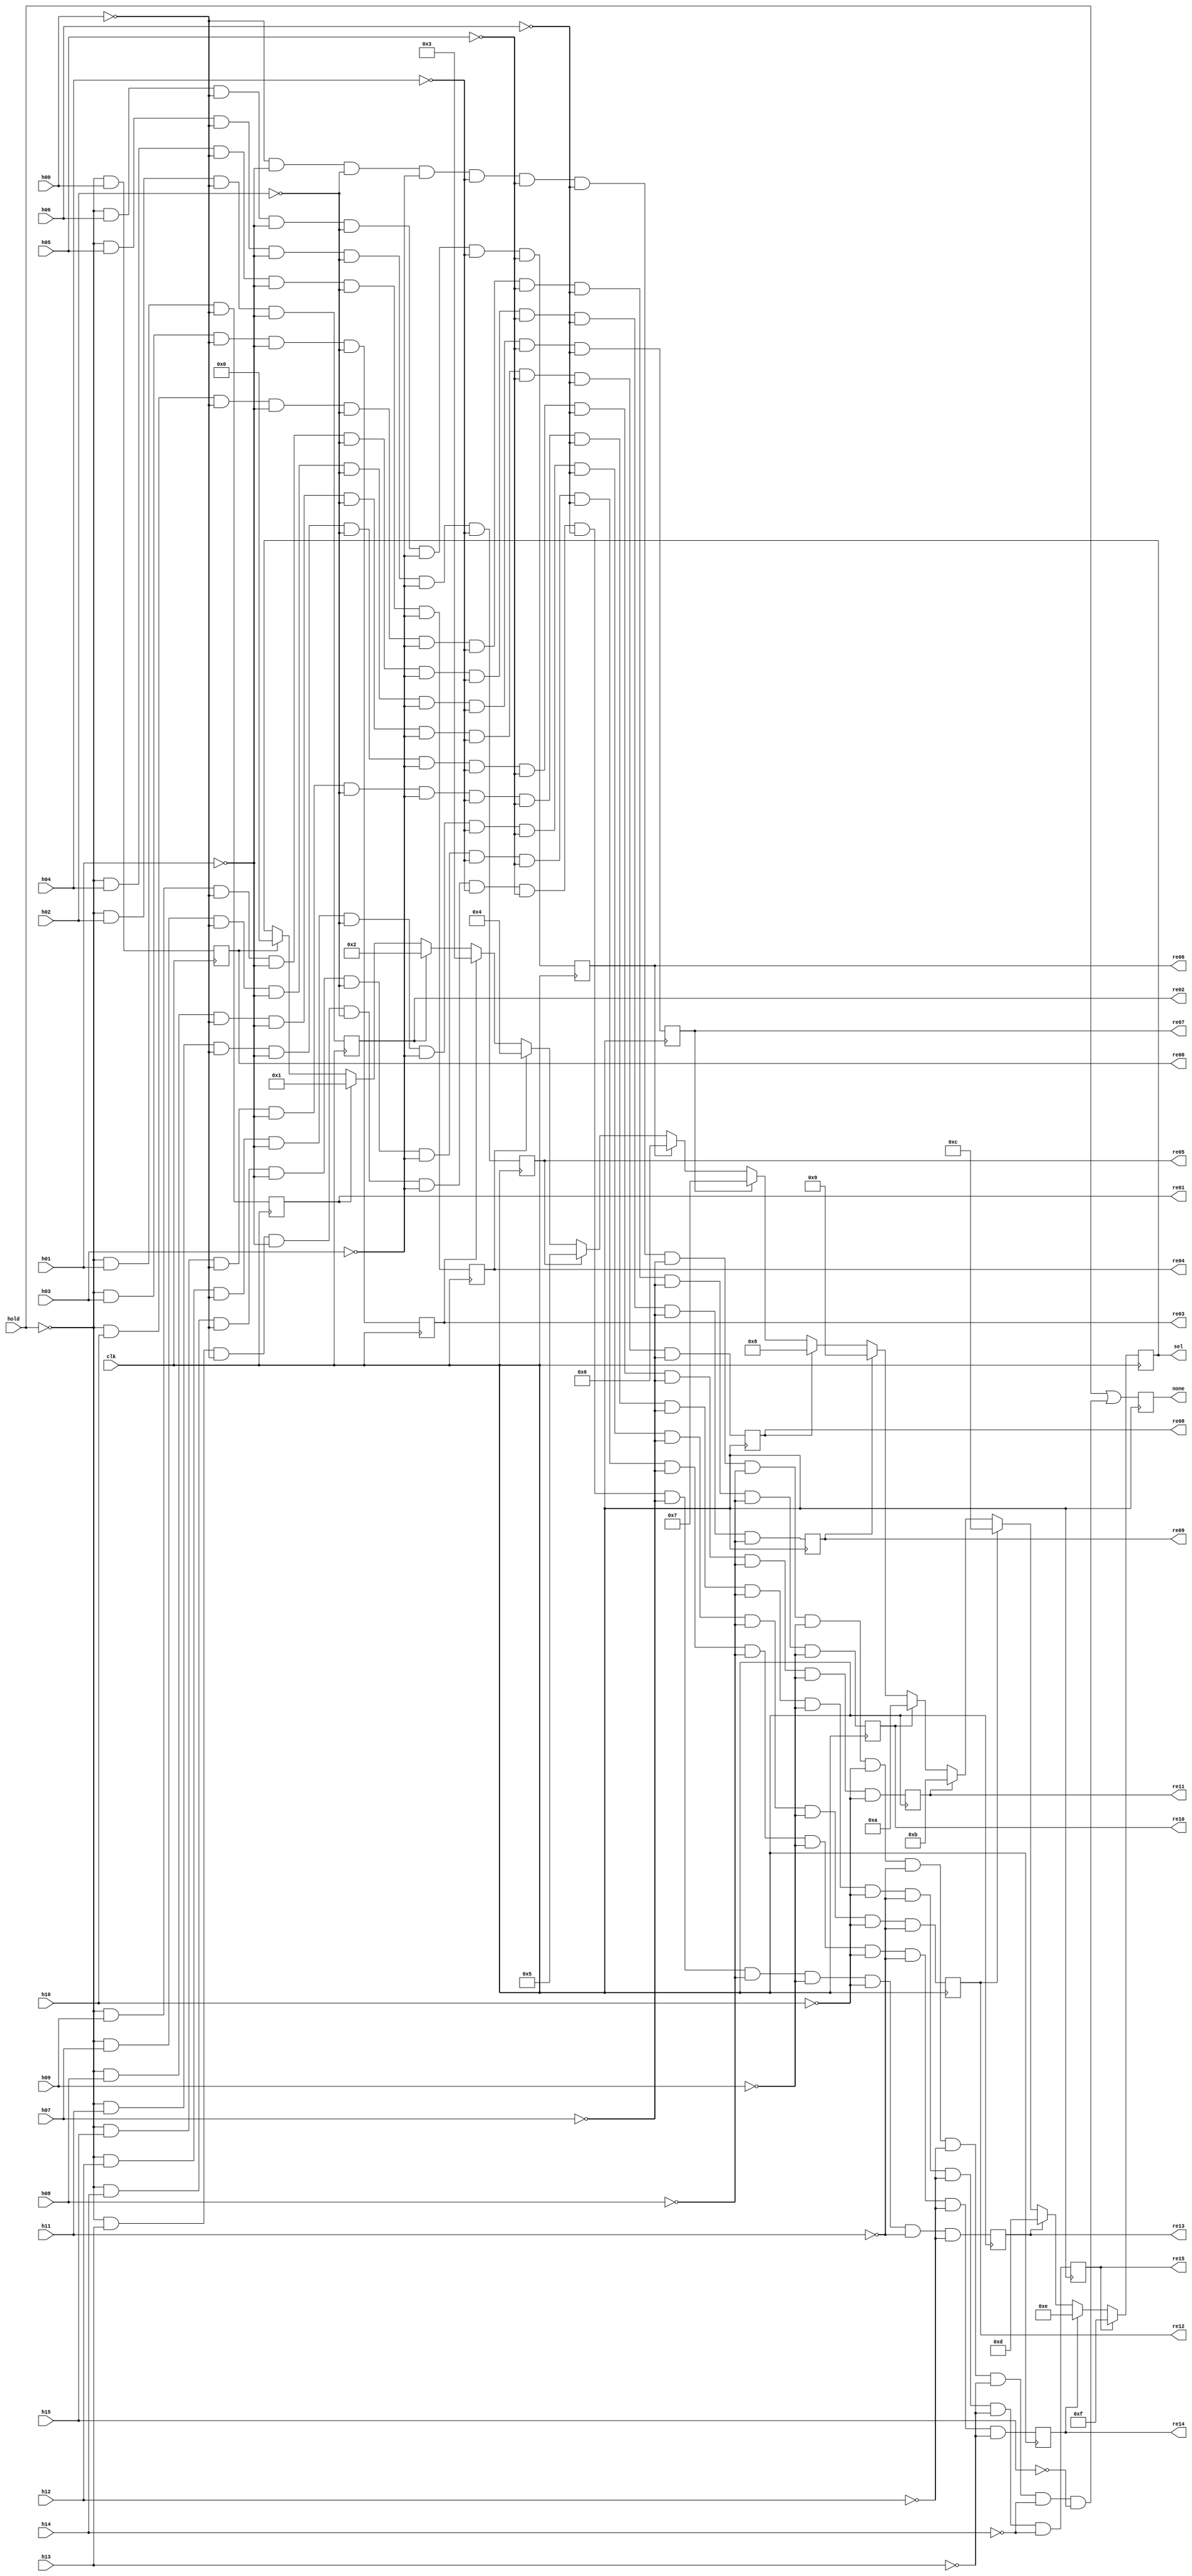
`timescale 1ns / 1ps
//////////////////////////////////////////////////////////////////////////////////
// Company: 
// Engineer: 
// 
// Design Name: 
// Module Name: merge_pe
// Project Name: 
// Target Devices: 
// Tool Versions: 
// Description: 
// 
// Dependencies: 
// 
// Revision:
// Revision 0.01 - File Created
// Additional Comments:
// 
//////////////////////////////////////////////////////////////////////////////////

// individual enable latency is 1 cycle, used to request data from memories
// encoded enable is used to mux the output, latency is 2 plus DELAY (parameter)
// hold suppresses the outputs

module merge_pe(
    input clk,
    input h00,
    input h01,
    input h02,
    input h03,
    input h04,
    input h05,
    input h06,
    input h07,
    input h08,
    input h09,
    input h10,
    input h11,
    input h12,
    input h13,
    input h14,
    input h15,
    input hold,
    output reg re00,
    output reg re01,
    output reg re02,
    output reg re03,
    output reg re04,
    output reg re05,
    output reg re06,
    output reg re07,
    output reg re08,
    output reg re09,
    output reg re10,
    output reg re11,
    output reg re12,
    output reg re13,
    output reg re14,
    output reg re15,
    output reg none,
    output [3:0] sel
    );
    
    parameter DELAY = 0; 
        
    always @(posedge clk) begin
      re00 <= !hold & h00;
      re01 <= !hold & h01 & !h00;
      re02 <= !hold & h02 & !h00 & !h01;
      re03 <= !hold & h03 & !h00 & !h01 & !h02;
      re04 <= !hold & h04 & !h00 & !h01 & !h02 & !h03;
      re05 <= !hold & h05 & !h00 & !h01 & !h02 & !h03 & !h04;
      re06 <= !hold & h06 & !h00 & !h01 & !h02 & !h03 & !h04 & !h05;
      re07 <= !hold & h07 & !h00 & !h01 & !h02 & !h03 & !h04 & !h05 & !h06;
      re08 <= !hold & h08 & !h00 & !h01 & !h02 & !h03 & !h04 & !h05 & !h06 & !h07;
      re09 <= !hold & h09 & !h00 & !h01 & !h02 & !h03 & !h04 & !h05 & !h06 & !h07 & !h08;
      re10 <= !hold & h10 & !h00 & !h01 & !h02 & !h03 & !h04 & !h05 & !h06 & !h07 & !h08 &!h09;
      re11 <= !hold & h11 & !h00 & !h01 & !h02 & !h03 & !h04 & !h05 & !h06 & !h07 & !h08 &!h09 & !h10;
      re12 <= !hold & h12 & !h00 & !h01 & !h02 & !h03 & !h04 & !h05 & !h06 & !h07 & !h08 &!h09 & !h10 & !h11;
      re13 <= !hold & h13 & !h00 & !h01 & !h02 & !h03 & !h04 & !h05 & !h06 & !h07 & !h08 &!h09 & !h10 & !h11 & !h12;
      re14 <= !hold & h14 & !h00 & !h01 & !h02 & !h03 & !h04 & !h05 & !h06 & !h07 & !h08 &!h09 & !h10 & !h11 & !h12 & !h13;
      re15 <= !hold & h15 & !h00 & !h01 & !h02 & !h03 & !h04 & !h05 & !h06 & !h07 & !h08 &!h09 & !h10 & !h11 & !h12 & !h13 & !h14;
      none <= hold | (!h00 & !h01 & !h02 & !h03 & !h04 & !h05 & !h06 & !h07 & !h08 &!h09 & !h10 & !h11 & !h12 & !h13 & !h14 & !h15);
    end
    
    //hopefully synthesizes as LUT
    reg [3:0] sel_reg[DELAY:0];
    always @(posedge clk) begin
      if(re00) sel_reg[0] <= 4'b0000;    
      if(re01) sel_reg[0] <= 4'b0001;    
      if(re02) sel_reg[0] <= 4'b0010;    
      if(re03) sel_reg[0] <= 4'b0011;    
      if(re04) sel_reg[0] <= 4'b0100;    
      if(re05) sel_reg[0] <= 4'b0101;    
      if(re06) sel_reg[0] <= 4'b0110;    
      if(re07) sel_reg[0] <= 4'b0111;    
      if(re08) sel_reg[0] <= 4'b1000;    
      if(re09) sel_reg[0] <= 4'b1001;    
      if(re10) sel_reg[0] <= 4'b1010;    
      if(re11) sel_reg[0] <= 4'b1011;    
      if(re12) sel_reg[0] <= 4'b1100;    
      if(re13) sel_reg[0] <= 4'b1101;    
      if(re14) sel_reg[0] <= 4'b1110;    
      if(re15) sel_reg[0] <= 4'b1111;    
    end
    
    //pipe
   genvar c;
    generate
       for (c = 0; c < DELAY; c = c + 1) begin: test
           always @(posedge clk) begin
              sel_reg[c+1] <= sel_reg[c];
           end
       end
    endgenerate 
    
    assign sel = sel_reg[DELAY];
    
    
endmodule